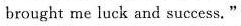
brought me luck and success."